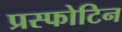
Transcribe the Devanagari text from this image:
प्रस्फोटिन